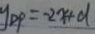
y _ { D P } = - 2 x + d